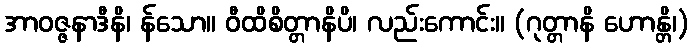
အာဝဇ္ဇနာဒီနိ၊ န်သော။ ဝီထိစိတ္တာနိပိ၊ လည်းကောင်း။ (ဂုတ္တာနိ ဟောန္တိ၊)